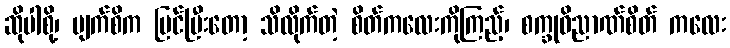
ဆိုပါစို့၊ မျက်စိက မြင်ပြီးတော့ သိလိုက်တဲ့ စိတ်ကလေးကိုကြည့်၊ စက္ခုဝိညာဏ်စိတ် ကလေး